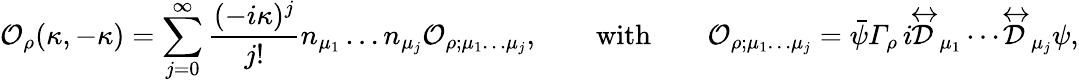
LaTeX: {\cal O}_{\rho}(\kappa,-\kappa)=\sum_{j=0}^{\infty}\frac{(-i\kappa)^{j}}{j!}n_{\mu_{1}}\dots n_{\mu_{j}}{\cal O}_{\rho;\mu_{1}\dots\mu_{j}},\qquad\mathrm{with}\qquad{\cal O}_{\rho;\mu_{1}\dots\mu_{j}}=\bar{\psi}{\mit\Gamma}_{\rho}\, i\! \stackrel{\leftrightarrow}{\cal D}_{\mu_{1}}\dotsi\! \stackrel{\leftrightarrow}{\cal D}_{\mu_{j}}\psi,